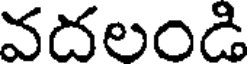
వదలండి